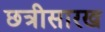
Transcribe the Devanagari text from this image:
छत्रीसारख